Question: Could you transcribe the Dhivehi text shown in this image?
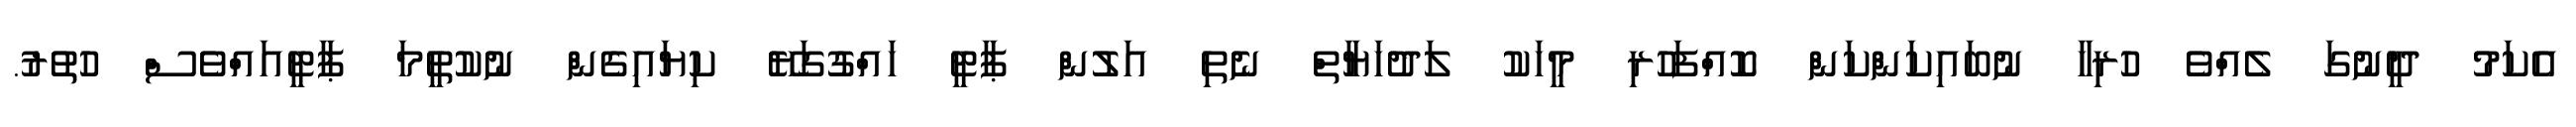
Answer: އެކަމު ދީނުގަ ލެއްވެ ހުރިހާ ނުބައިކަންކަން ކޮއްފަހުރި މީހަކު ލަދުހަޔާތް ނެތި އަލުން ޕާޓީ ހައްގުގަޔޭ ކިޔައިގެން ނުކުތީމަ ޕާޓީއައްވެސް ހުތުރު.